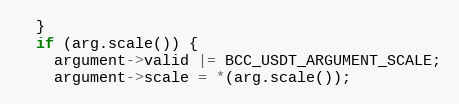
Language: C++
  }
  if (arg.scale()) {
    argument->valid |= BCC_USDT_ARGUMENT_SCALE;
    argument->scale = *(arg.scale());